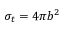
\sigma _ { t } = 4 \pi b ^ { 2 }